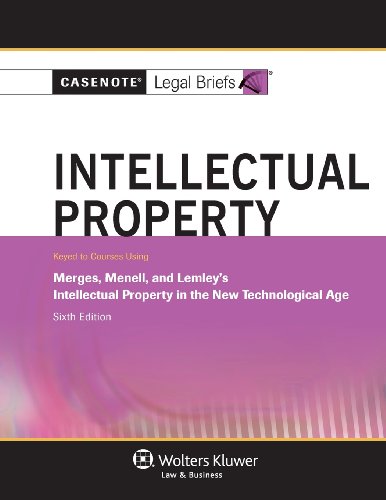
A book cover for Casenote Legal Briefs: Intellectual Property, Keyed to Merges, Menell, & Lemley, Sixth Edition; Casenote Legal Briefs; Law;